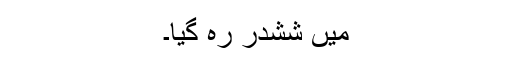
میں ششدر رہ گیا۔